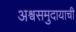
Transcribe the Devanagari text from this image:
अश्वसमुदायाची